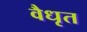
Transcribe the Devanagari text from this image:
वैधृत